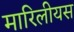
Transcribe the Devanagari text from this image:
मारिलीयस